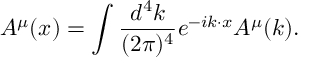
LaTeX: { A ^ { \mu } } ( x ) = \int { \frac { d ^ { 4 } k } { ( 2 \pi ) ^ { 4 } } } e ^ { - i k \cdot x } { A ^ { \mu } } ( k ) .